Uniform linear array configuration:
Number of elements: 64
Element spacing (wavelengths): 1
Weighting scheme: kaiser
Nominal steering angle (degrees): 30
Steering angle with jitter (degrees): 29.456
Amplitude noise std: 0.05
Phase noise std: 0.05

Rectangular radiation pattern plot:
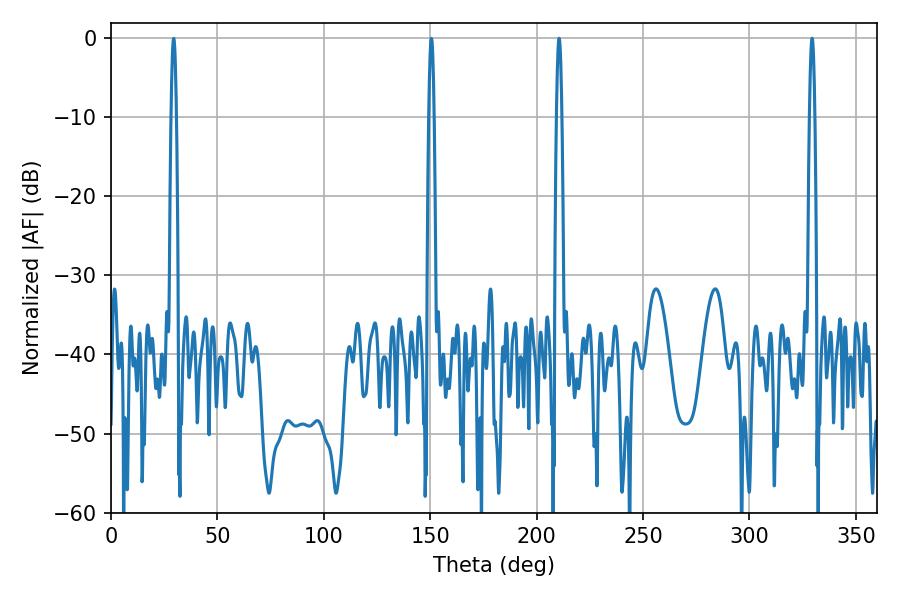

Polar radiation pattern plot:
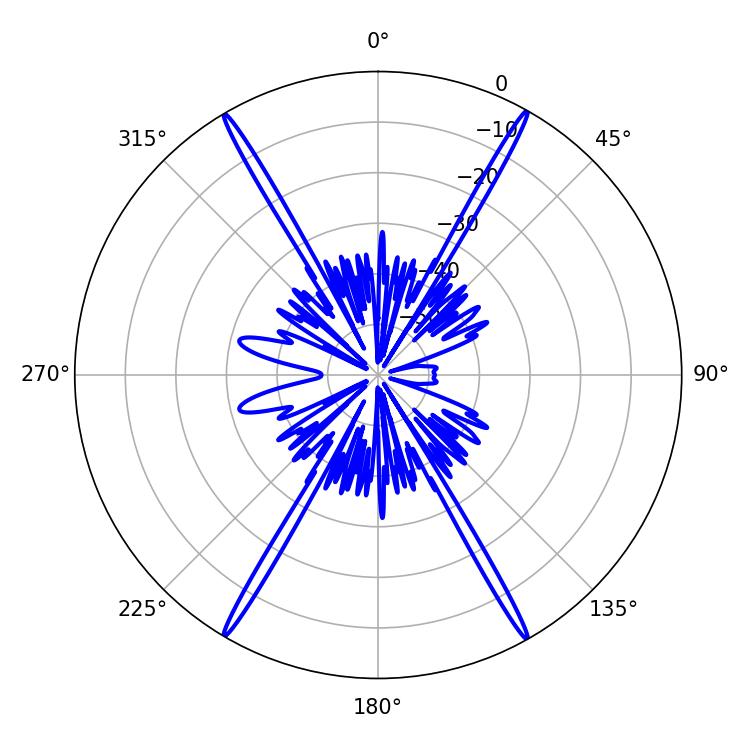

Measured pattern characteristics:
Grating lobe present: TRUE
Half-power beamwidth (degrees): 1.26
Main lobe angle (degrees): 210.6